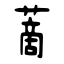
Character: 蔐